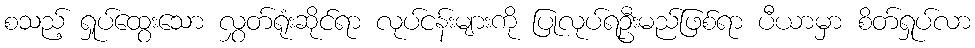
စသည့် ရှုပ်ထွေးသော လွှတ်ရုံးဆိုင်ရာ လုပ်ငန်းများကို ပြုလုပ်ရဦးမည်ဖြစ်ရာ ပီယာမှာ စိတ်ရှုပ်လာ